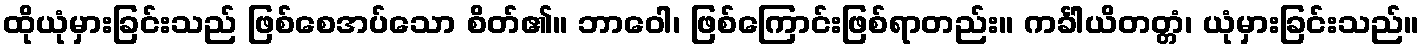
ထိုယုံမှားခြင်းသည် ဖြစ်စေအပ်သော စိတ်၏။ ဘာဝေါ၊ ဖြစ်ကြောင်းဖြစ်ရာတည်း။ ကင်္ခါယိတတ္တံ၊ ယုံမှားခြင်းသည်။